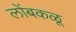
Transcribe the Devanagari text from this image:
लोंबकळू